Vaccination in Bombay 1856-1862 - 1856-1862
Year: 1856
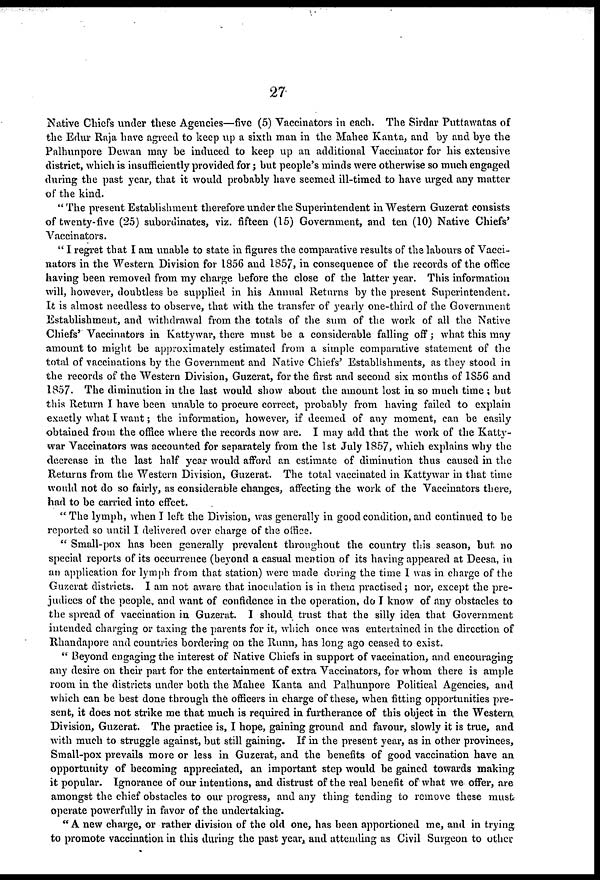
27
Native Chiefs under these Agencies—five (5) Vaccinators in each. The Sirdar Puttawatas of
the Edur Raja have agreed to keep up a sixth man in the Mahee Kanta, and by and bye the
Palhunpore Dewan may be induced to keep up an additional Vaccinator for his extensive
district, which is insufficiently provided for; but people's minds were otherwise so much engaged
during the past year, that it would probably have seemed ill-timed to have urged any matter
of the kind.
" The present Establishment therefore under the Superintendent in Western Guzerat consists
of twenty-five (25) subordinates, viz. fifteen (15) Government, and ten (10) Native Chiefs'
Vaccinators.
" I regret that I am unable to state in figures the comparative results of the labours of Vacci-
nators in the Western Division for 1856 and 1857, in consequence of the records of the office
having been removed from my charge before the close of the latter year. This information
will, however, doubtless be supplied in his Annual Returns by the present Superintendent.
It is almost needless to observe, that with the transfer of yearly one-third of the Government
Establishment, and withdrawal from the totals of the sum of the work of all the Native
Chiefs' Vaccinators in Kattywar, there must be a considerable falling off; what this may
amount to might be approximately estimated from a simple comparative statement of the
total of vaccinations by the Government and Native Chiefs' Establishments, as they stood in
the records of the Western Division, Guzerat, for the first and second six months of 1856 and
1857. The diminution in the last would show about the amount lost in so much time ; but
this Return I have been unable to procure correct, probably from having failed to explain
exactly what I want; the information, however, if deemed of any moment, can be easily
obtained from the office where the records now are. I may add that the work of the Katty-
war Vaccinators was accounted for separately from the 1st July 1857, which explains why the
decrease in the last half year would afford an estimate of diminution thus caused in the
Returns from the Western Division, Guzerat. The total vaccinated in Kattywar in that time
would not do so fairly, as considerable changes, affecting the work of the Vaccinators there,
had to be carried into effect.
" The lymph, when I left the Division, was generally in good condition, and continued to be
reported so until I delivered over charge of the office.
" Small-pox has been generally prevalent throughout the country this season, but. no
special reports of its occurrence (beyond a casual mention of its having appeared at Deesa, in
an application for lymph from that station) were made during the time I was in charge of the
Guzerat districts. I am not aware that inoculation is in them practised ; nor, except the pre-
judices of the people, and want of confidence in the operation, do I know of any obstacles to
the spread of vaccination in Guzerat. I should trust that the silly idea that Government
intended charging or taxing the parents for it, which once was entertained in the direction of
Rhandapore and countries bordering on the Runn, has long ago ceased to exist.
" Beyond engaging the interest of Native Chiefs in support of vaccination, and encouraging
any desire on their part for the entertainment of extra Vaccinators, for whom there is ample
room in the districts under both the Mahee Kanta and Palhunpore Political Agencies, and
which can be best done through the officers in charge of these, when fitting opportunities pre-
sent, it does not strike me that much is required in furtherance of this object in the Western,
Division, Guzerat. The practice is, I hope, gaining ground and favour, slowly it is true, and
with much to struggle against, but still gaining. If in the present year, as in other provinces,
Small-pox prevails more or less in Guzerat, and the benefits of good vaccination have an
opportunity of becoming appreciated, an important step would be gained towards making
it popular. Ignorance of our intentions, and distrust of the real benefit of what we offer, are
amongst the chief obstacles to our progress, and any thing tending to remove these must-
operate powerfully in favor of the undertaking.
" A new charge, or rather division of the old one, has been apportioned me, and in trying
to promote vaccination in this during the past year, and attending as Civil Surgeon to other